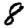
Digit: 8